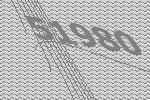
51980